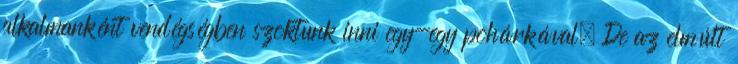
alkalmanként vendégségben szoktunk inni egy-egy pohárkával. De az elmúlt